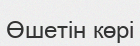
Өшетін көрі